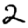
Digit: 2